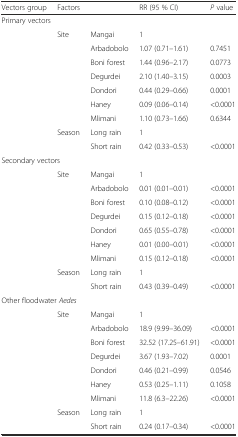
<table><thead><tr><td><b>Vectors group</b></td><td><b>Factors</b></td><td></td><td><b>RR (95 % CI)</b></td><td><b><i>P</i> value</b></td></tr></thead><tbody><tr><td colspan="2">Primary vectors</td><td></td><td></td><td></td></tr><tr><td></td><td rowspan="7">Site</td><td>Mangai</td><td>1</td><td></td></tr><tr><td></td><td>Arbadobolo</td><td>1.07 (0.71–1.61)</td><td>0.7451</td></tr><tr><td></td><td>Boni forest</td><td>1.44 (0.96–2.17)</td><td>0.0773</td></tr><tr><td></td><td>Degurdei</td><td>2.10 (1.40–3.15)</td><td>0.0003</td></tr><tr><td></td><td>Dondori</td><td>0.44 (0.29–0.66)</td><td>0.0001</td></tr><tr><td></td><td>Haney</td><td>0.09 (0.06–0.14)</td><td>&lt;0.0001</td></tr><tr><td></td><td>Mlimani</td><td>1.10 (0.73–1.66)</td><td>0.6344</td></tr><tr><td></td><td>Season</td><td>Long rain</td><td>1</td><td></td></tr><tr><td></td><td></td><td>Short rain</td><td>0.42 (0.33–0.53)</td><td>&lt;0.0001</td></tr><tr><td colspan="2">Secondary vectors</td><td></td><td></td><td></td></tr><tr><td></td><td rowspan="7">Site</td><td>Mangai</td><td>1</td><td></td></tr><tr><td></td><td>Arbadobolo</td><td>0.01 (0.01–0.01)</td><td>&lt;0.0001</td></tr><tr><td></td><td>Boni forest</td><td>0.10 (0.08–0.12)</td><td>&lt;0.0001</td></tr><tr><td></td><td>Degurdei</td><td>0.15 (0.12–0.18)</td><td>&lt;0.0001</td></tr><tr><td></td><td>Dondori</td><td>0.65 (0.55–0.78)</td><td>&lt;0.0001</td></tr><tr><td></td><td>Haney</td><td>0.01 (0.00–0.01)</td><td>&lt;0.0001</td></tr><tr><td></td><td>Mlimani</td><td>0.15 (0.12–0.18)</td><td>&lt;0.0001</td></tr><tr><td></td><td>Season</td><td>Long rain</td><td>1</td><td></td></tr><tr><td></td><td></td><td>Short rain</td><td>0.43 (0.39–0.49)</td><td>&lt;0.0001</td></tr><tr><td colspan="3">Other floodwater <i>Aedes</i></td><td></td><td></td></tr><tr><td></td><td rowspan="7">Site</td><td>Mangai</td><td>1</td><td></td></tr><tr><td></td><td>Arbadobolo</td><td>18.9 (9.99–36.09)</td><td>&lt;0.0001</td></tr><tr><td></td><td>Boni forest</td><td>32.52 (17.25–61.91)</td><td>&lt;0.0001</td></tr><tr><td></td><td>Degurdei</td><td>3.67 (1.93–7.02)</td><td>0.0001</td></tr><tr><td></td><td>Dondori</td><td>0.46 (0.21–0.99)</td><td>0.0546</td></tr><tr><td></td><td>Haney</td><td>0.53 (0.25–1.11)</td><td>0.1058</td></tr><tr><td></td><td>Mlimani</td><td>11.8 (6.3–22.26)</td><td>&lt;0.0001</td></tr><tr><td></td><td>Season</td><td>Long rain</td><td>1</td><td></td></tr><tr><td></td><td></td><td>Short rain</td><td>0.24 (0.17–0.34)</td><td>&lt;0.0001</td></tr></tbody></table>